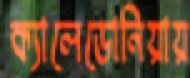
ক্যালেডোনিয়ায়